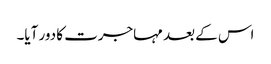
اس کے بعد مہاجرت کا دور آیا۔